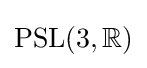
{\rm {PSL}}(3,\mathbb {R} )